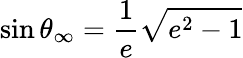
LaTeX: \sin\theta_{\infty}={\frac{1}{e}}{\sqrt{e^{2}-1}}